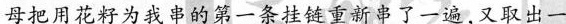
母把用花籽为我串的第一条挂链重新串了一遍，又取出一